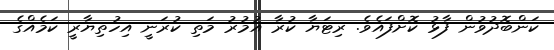
ކަންބޮދުވުން ފާޅު ކޮށްފައެވެ. ރިޓަޔާ ކުރާ އުމުރު މަތި ކުރަނީ އިހުތިޔާރީ ކަމެއްގެ